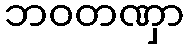
ဘဝတဏှာ